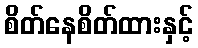
စိတ်နေစိတ်ထားနှင့်